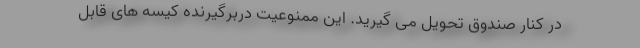
در کنار صندوق تحویل می گیرید. این ممنوعیت دربرگیرنده کیسه ‌های قابل